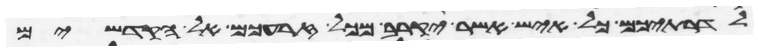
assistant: לדרתיכם כל איש אשר יקרב מכל זרעכם אל הקדשים